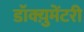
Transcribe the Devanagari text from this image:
डॉक्य़ुमेंटरी